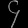
Digit: ၄